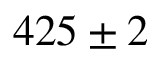
4 2 5 \pm 2